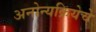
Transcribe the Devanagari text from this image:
अनोन्यक्रियेचे